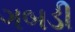
ગબડી